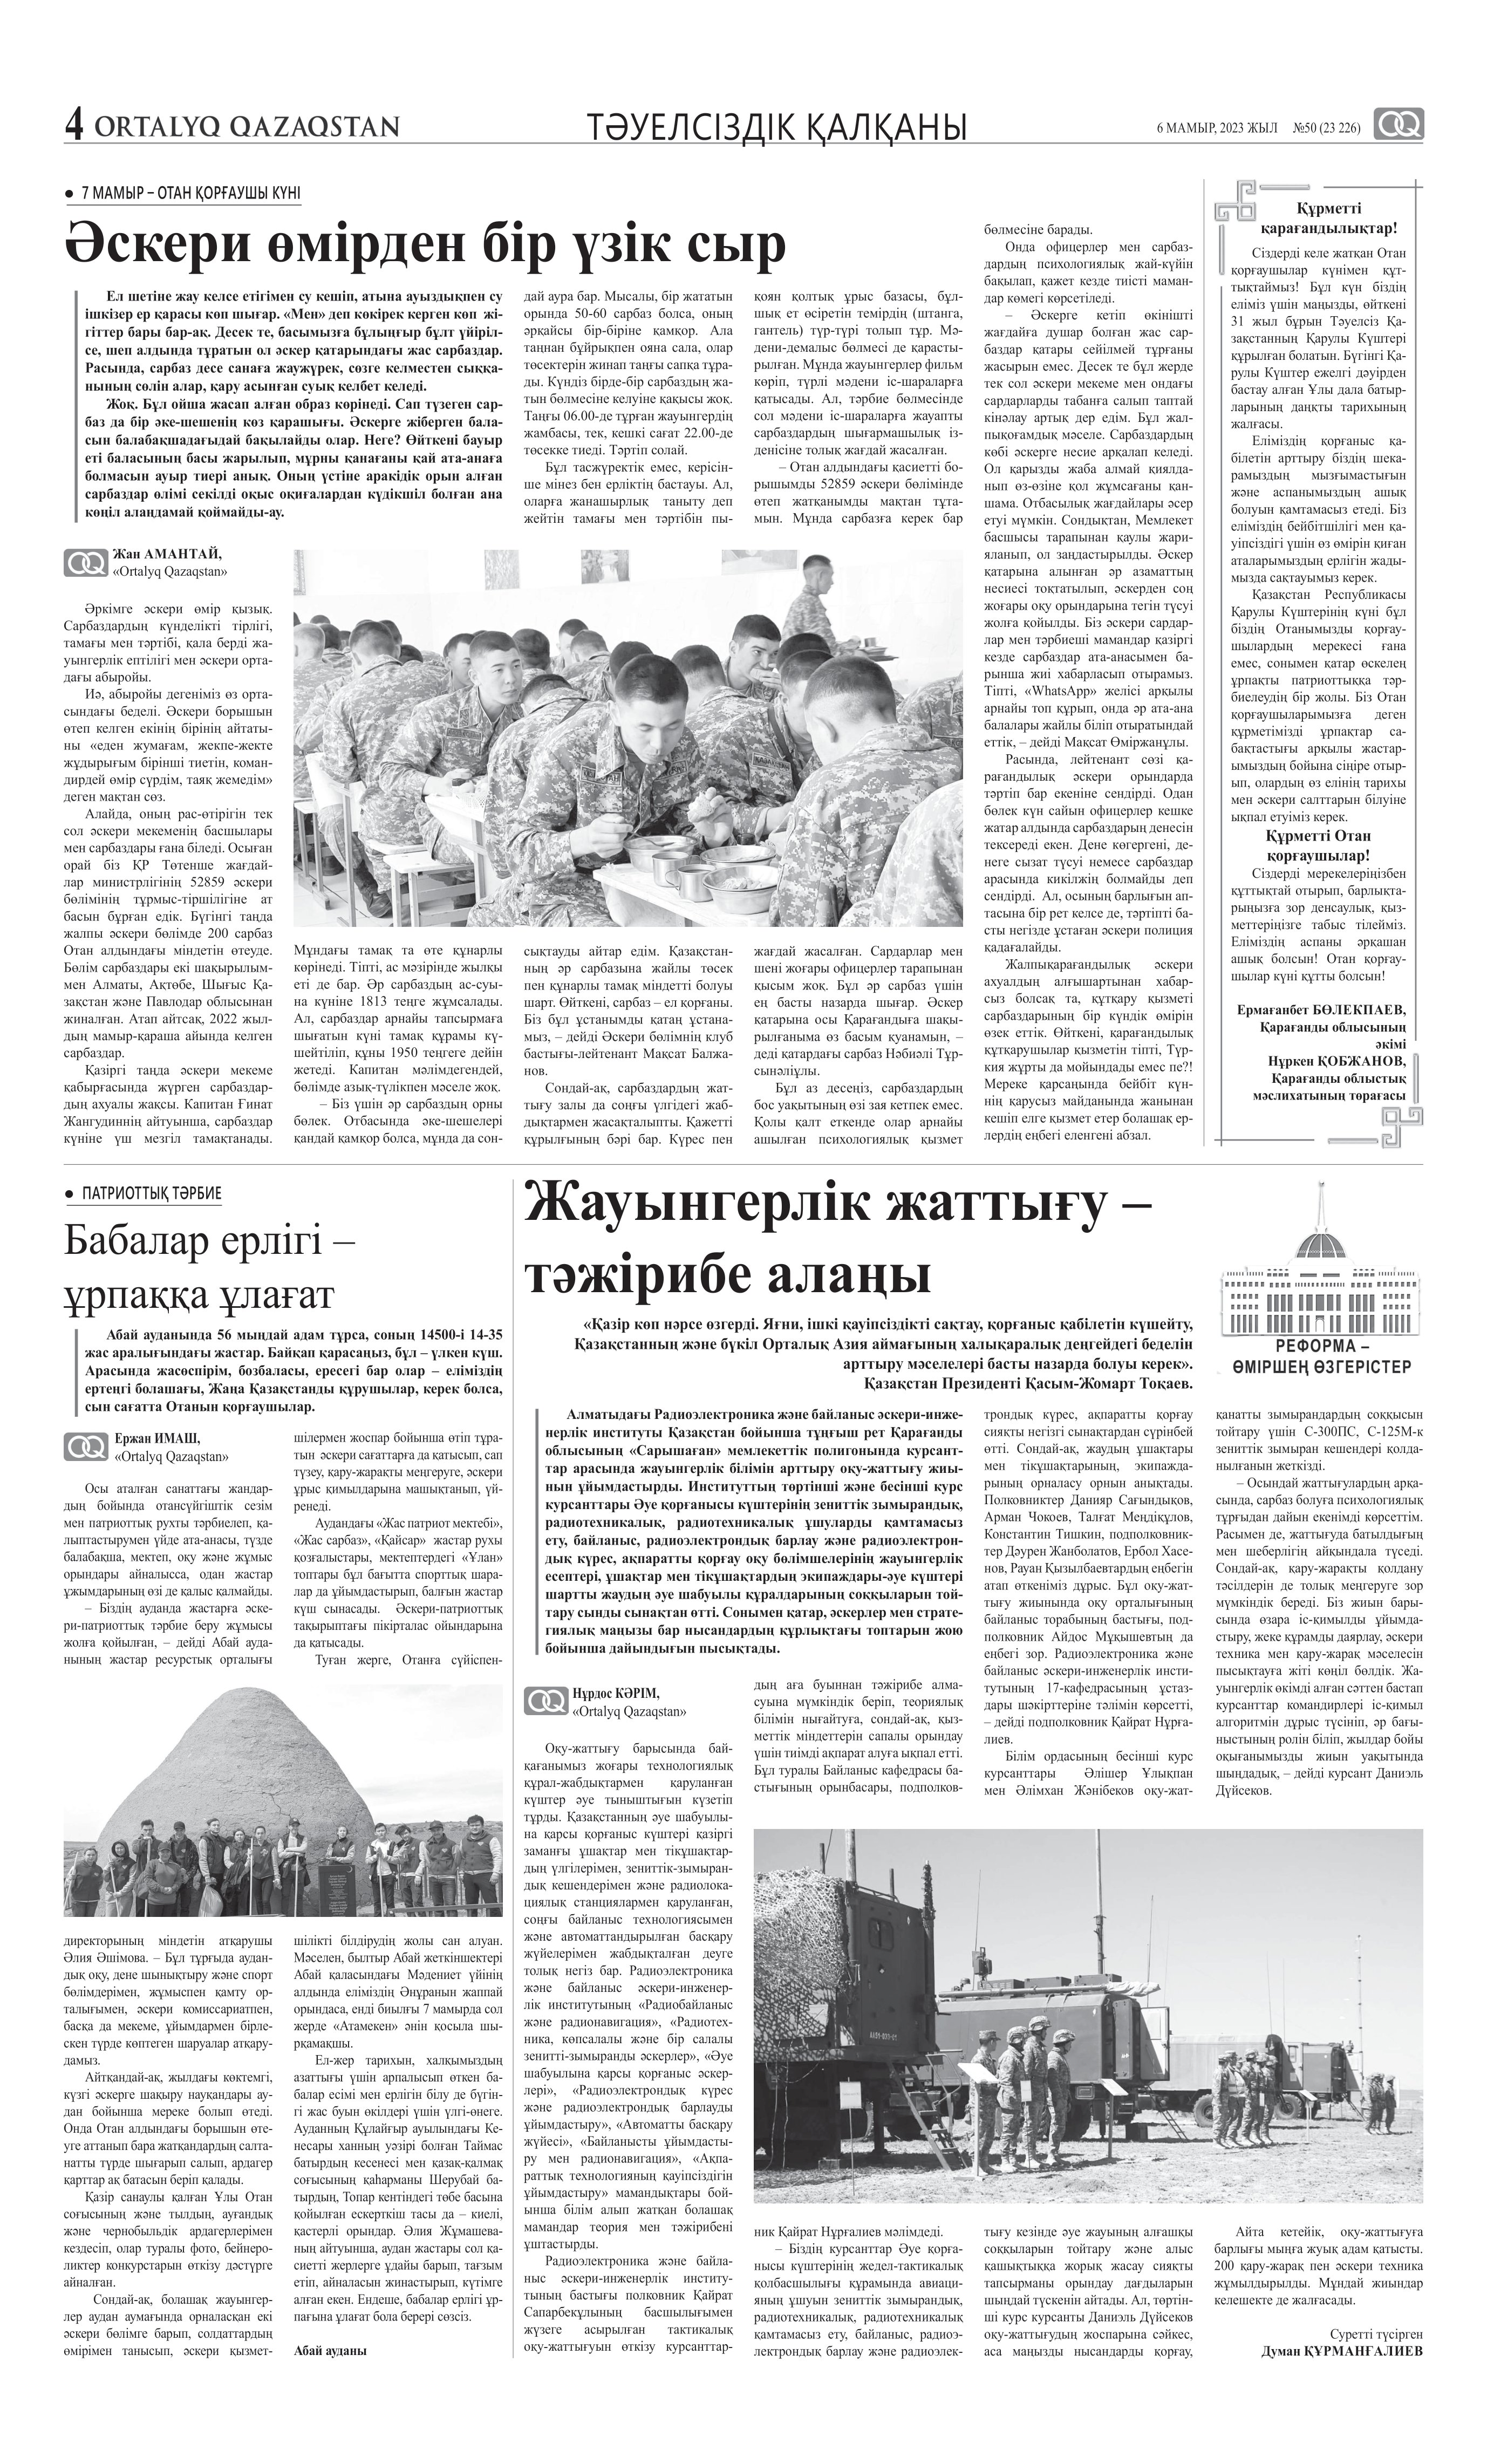
Language: kk